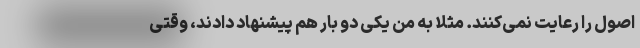
اصول را رعایت نمی‌کنند. مثلا به من یکی دو بار هم پیشنهاد دادند، وقتی